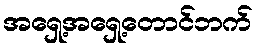
အရှေ့အရှေ့တောင်ဘက်